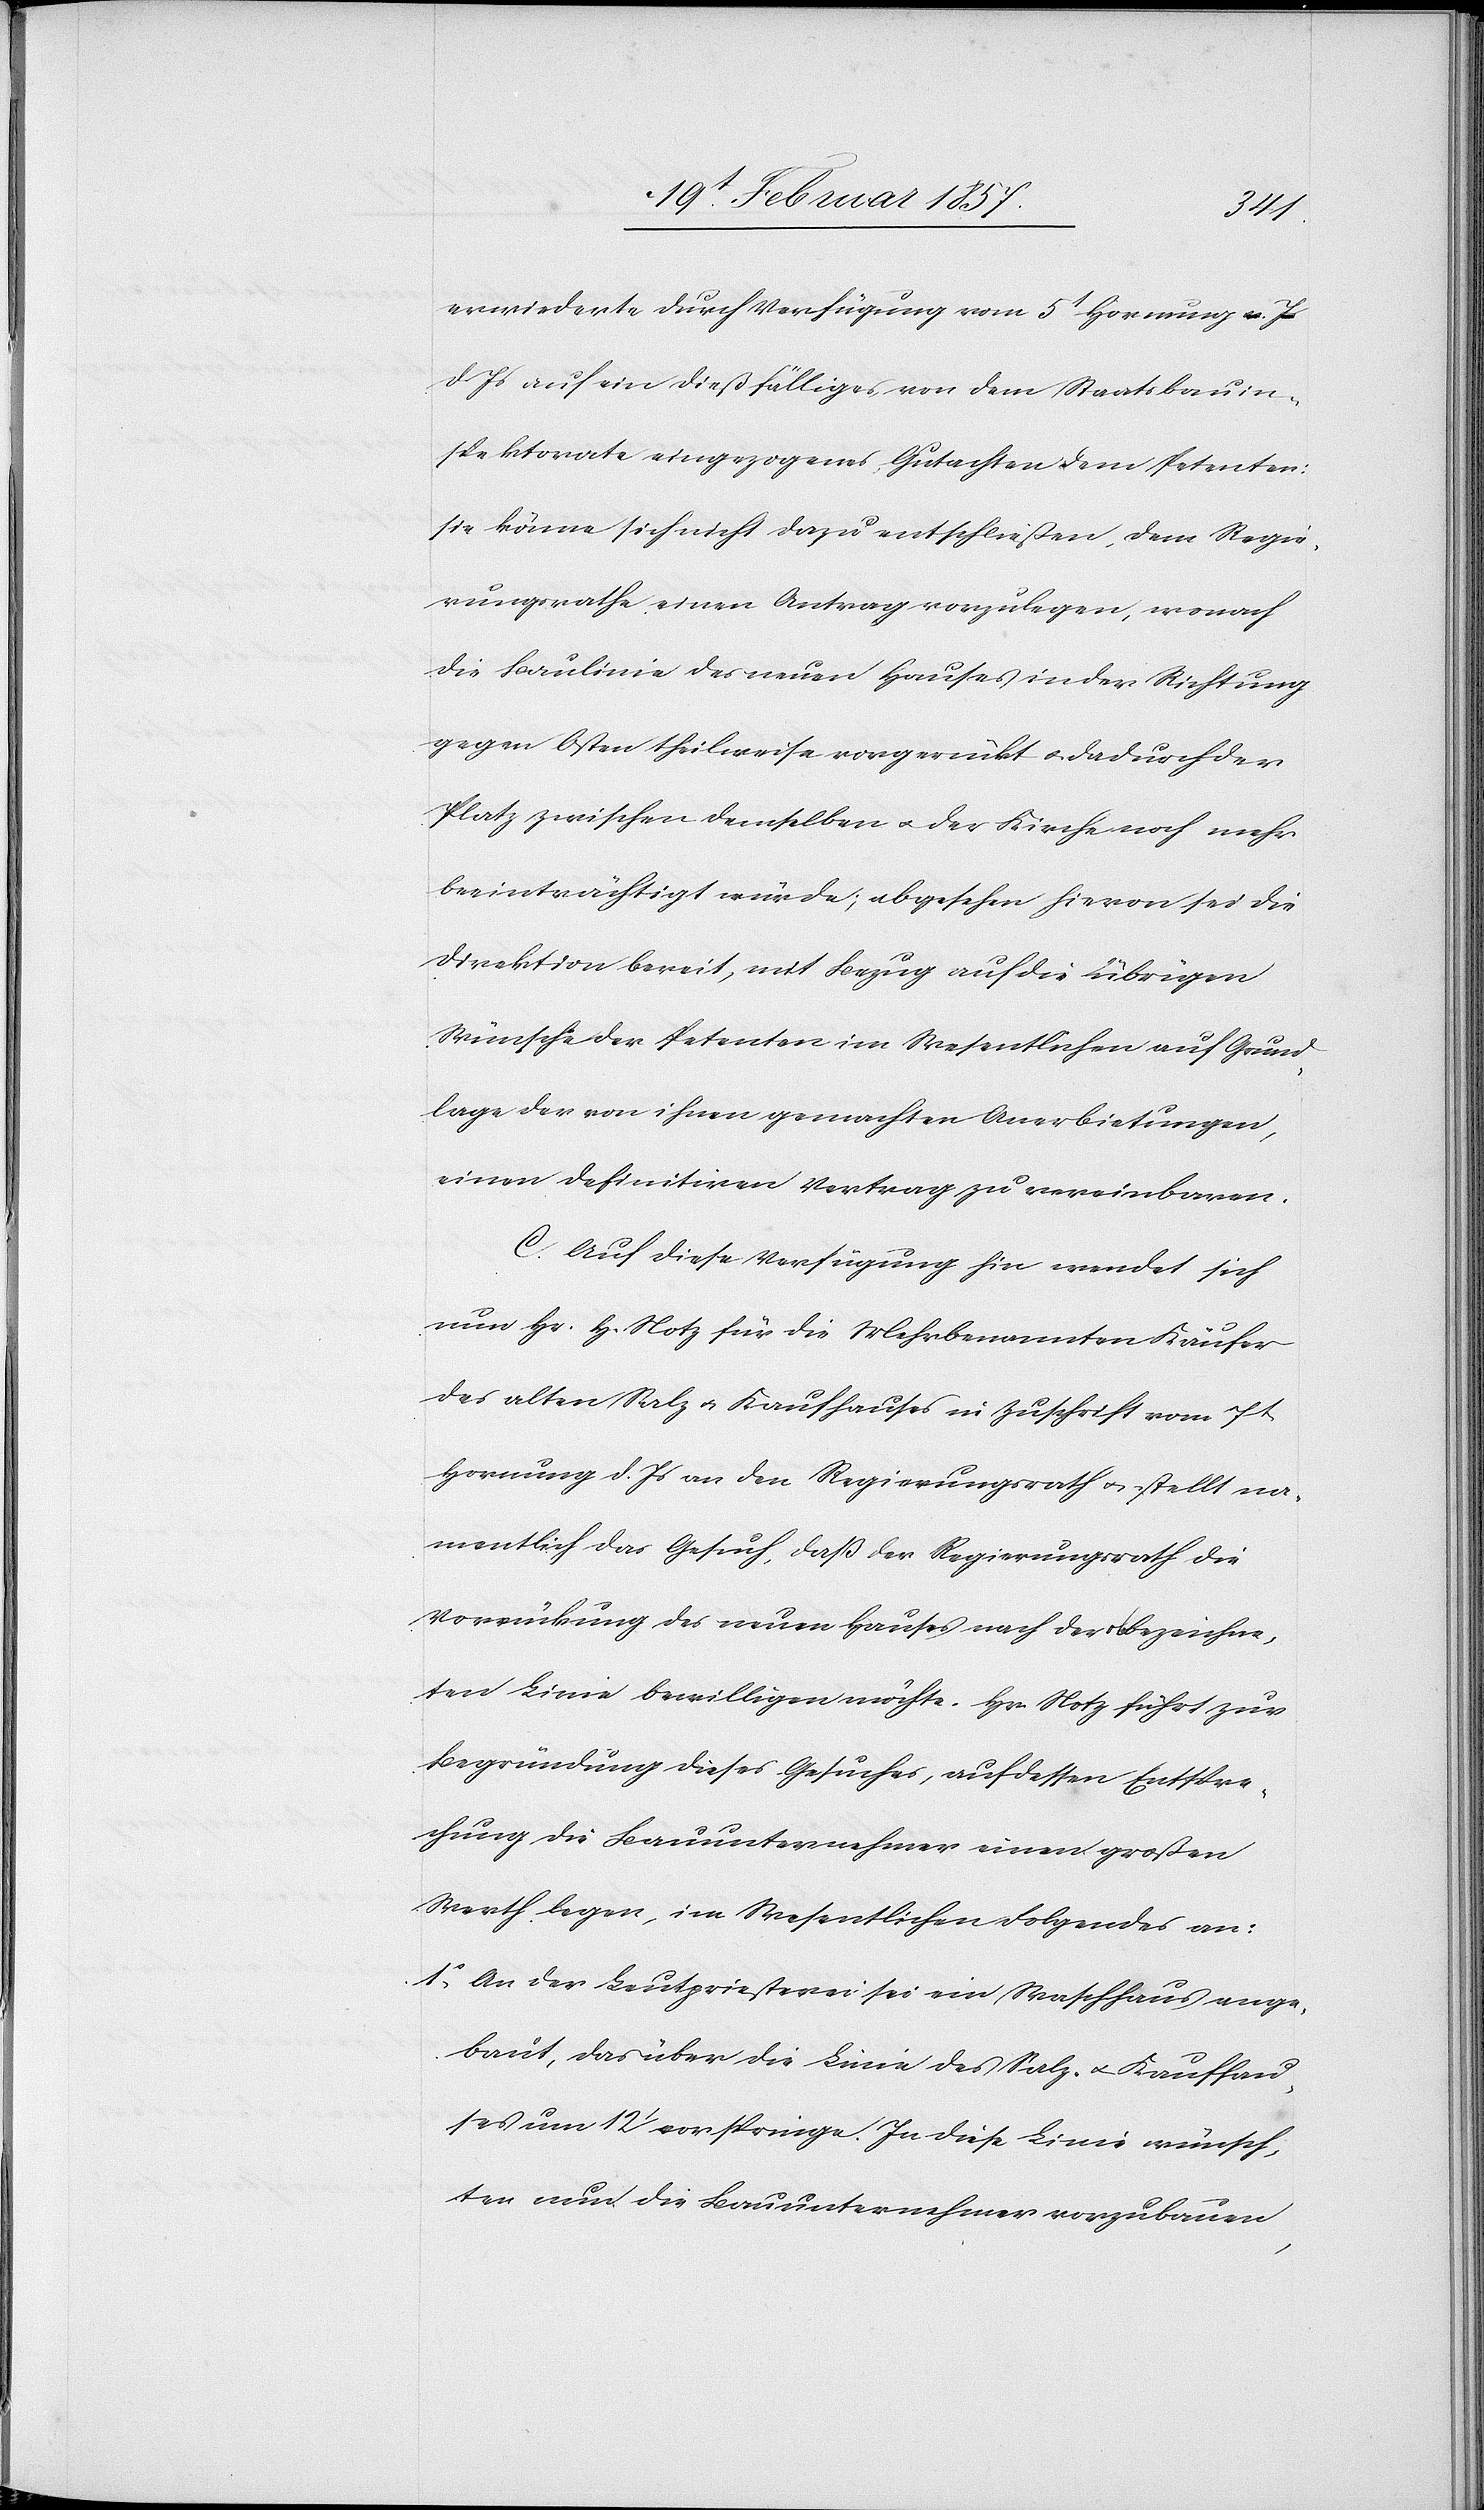
erwiederte durch Verfügung vom 5t Hornung d. J¬
s auf ein dießfälliges von dem Staatsbauin¬
spektorate eingezogenes Gutachten dem Petenten:
sie könne sich nicht dazu entschließen, dem Regie¬
rungsrathe einen Antrag vorzulegen, worauf
die Baulinie des neuen Hauses in der Richtung
gegen Osten theilweise vorgerückt u. dadurch der
Platz zwischen demselben u. der Kirche noch mehr
beeinträchtigt würde; abgesehen hievon sei die
Direktion bereit, mit Bezug auf die übrigen
Wünsche der Petenten im Wesentlichen auf Grund¬
lage der von ihnen gemachten Anerbietungen,
einen definitiven Vertrag zu vereinbaren.
C. Auf diese Verfügung hin wendet sich
nun Hr. H. Notz für die Mehrbenannten Käufer
des alten Salz[-] u. Kaufhauses in Zuschrift vom 7t
Hornung d. Js an den Regierungsrath u. stellt na¬
mentlich das Gesuch, daß der Regierungsrath die
Vorrückung des neuen Hauses nach der bezeichne¬
ten Linie bewilligen möchte. Hr. Notz führt zur
Begründung dieses Gesuches, auf dessen Entspre¬
chung die Bauunternehmer einen großen
Werth legen, im Wesentlichen Folgendes an:
1. An der Leutpriesterei sei ein Waschhaus ange¬
baut, das über die Linie des Salz- u. Kaufhau¬
ses um 12‘ vorspringe. In diese Linie wünsch¬
ten nun die Bauunternehmer vorzubauen,